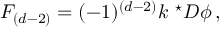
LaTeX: F _ { ( d - 2 ) } = ( - 1 ) ^ { ( d - 2 ) } k \ { } ^ { \star } { \cal D } \phi \, ,